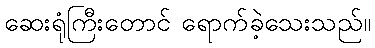
ဆေးရုံကြီးတောင် ရောက်ခဲ့သေးသည်။